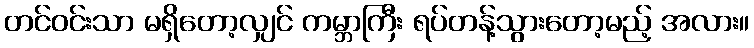
တင်ဝင်းသာ မရှိတော့လျှင် ကမ္ဘာကြီး ရပ်တန့်သွားတော့မည့် အလား။